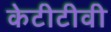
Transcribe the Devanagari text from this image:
केटीटीवी